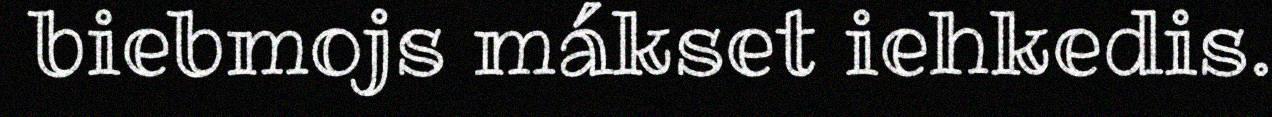
biebmojs mákset iehkedis.